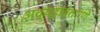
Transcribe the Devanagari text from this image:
अव्यहावतपणे